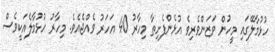
ހުޅުމާލޭގައި މީހުން ވަޒަންވެރިވެ އުޅެންފެށިތާ މިހާާރު 40 އަހަރު ވެއްޖެއެވެ. މިހާރު ހުޅުމާލެއަކީވެސް